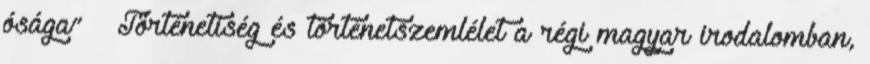
ósága” – Történetiség és történetszemlélet a régi magyar irodalomban,